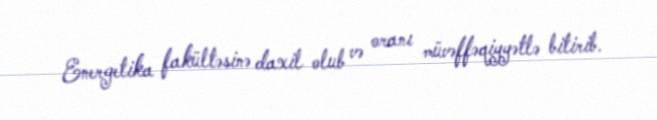
Energetika fakültəsinə daxil olub və oranı müvəffəqiyyətlə bitirib.